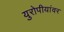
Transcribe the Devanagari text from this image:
युरोपीयांवर